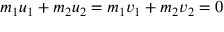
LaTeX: m _ { 1 } u _ { 1 } + m _ { 2 } u _ { 2 } = m _ { 1 } v _ { 1 } + m _ { 2 } v _ { 2 } = { 0 } \,